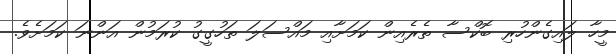
މީހާ ލައިގެންހުރި ބޮކްސާ ތެރެއިން ކަމަށާއި މައްސަލަ ތަހުގީގު ކުރަމުން އަންނަ ކަމަށެވެ.